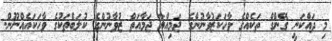
މި ދައްކަނީ ގޭންގް ތަކެއްގެ ވާހަކަޒުވާނުންގެ ޖަމިއްޔާ ޖަމާއަތް ޒުވާނުންގެ ކުލަބްތަކުގެ ވާހަކައެއްނޫން.